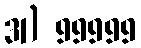
31) 99999